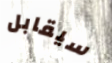
سيقابل